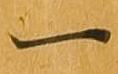
一